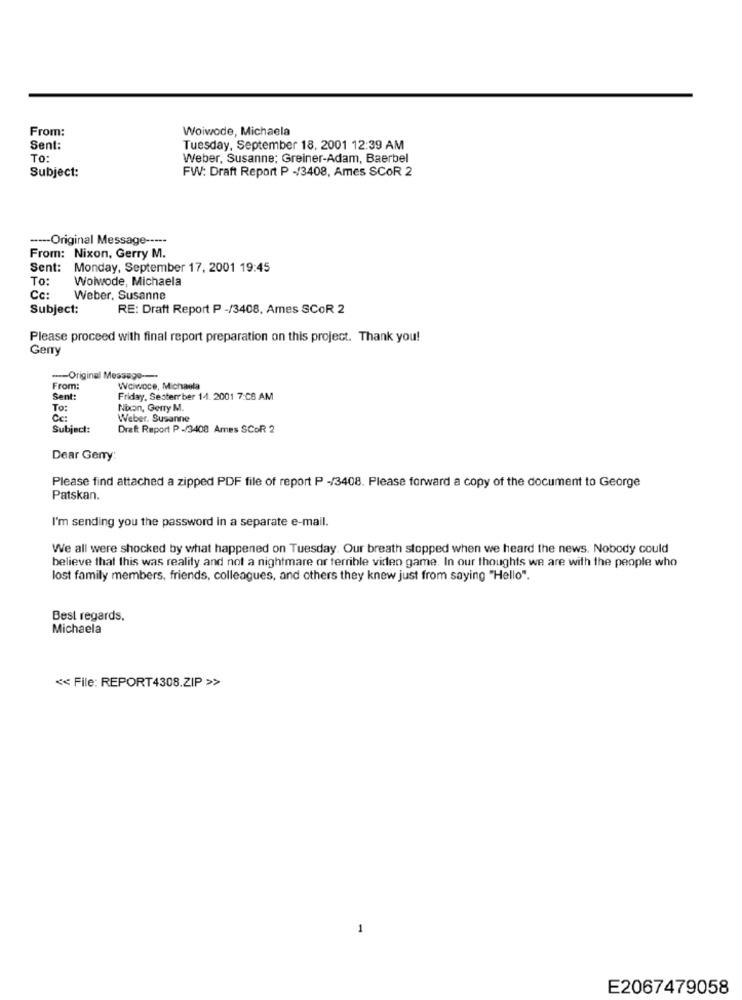
From:
Woiwode, Michaela
Sent:
Tuesday, September 18, 2001 12:39 AM
To:
Weber, Susanne; Greiner-Adam, Baerbel
Subject:
FW: Draft Report P -/3408, Ames SCOR 2
----- Original Message -----
From: Nixon, Gerry M.
Sent: Monday, September 17, 2001 19:45
To:
Woiwode, Michaela
Cc:
Weber, Susanne
Subject:
RE: Draft Report P -/3408, Ames SCOR 2
Please proceed with final report preparation on this project. Thank you!
Gerry
--- Original Message ---
From:
Wciwoce, Michaela
Sent:
Friday, Seoterr ber 14. 2001 7:CS AM
To:
Noon, Gerry M.
Cc:
Weber. Susanne
Subject:
Draft Raport P -/3408 Ames SCOR 2
Dear Geny:
Please find attached a zipped PDF file of report P -/3408. Please forward a copy of the document to George
Patskan.
I'm sending you the password in a separate e-mail.
We all were shocked by what happened on Tuesday. Our breath stopped when we heard the news. Nobody could
believe that this was reality and not a nightmare or terrible video game. In our thoughts we are with the people who
lost family members, friends, colleagues, and others they knew just from saying "Hello".
Best regards.
Michaela
<< File: REPORT4308.ZIP >>
1
E2067479058